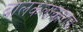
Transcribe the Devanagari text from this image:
बालकलाकाराचे